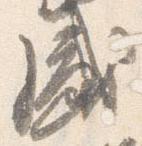
盛